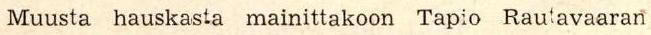
Muusta hauskasta mainittakoon Tapio Rautavaaran